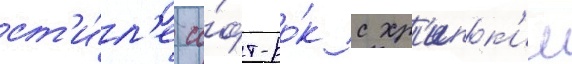
ст'и́л'е со́фт-ро́к с хр'ипк'им